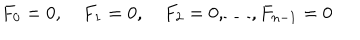
F _ { 0 } = 0 , \quad F _ { 1 } = 0 , \quad F _ { 2 } = 0 , \dots , F _ { n - 1 } = 0